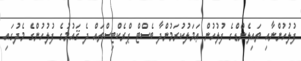
ފުލުހުންނާއި ތައިލެންޑްގެ ފުލުހުން ޢަމަލުކުރަމުންދާ ބެސްޓް ޕްރެކްޓިސްތައް ދެ ޤައުމުގެ ފުލުހުންގެ މެދުގައި